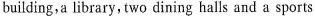
building,a library, two dining halls and a sports